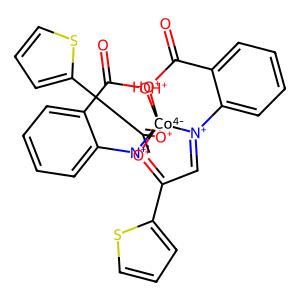
SMILES: O=C1[OH+][Co-4]234([O+]=C(c5cccs5)C=[N+]2c2ccccc21)[O+]=C(c1cccs1)C=[N+]3c1ccccc1C(=O)[OH+]4
Inhibits HIV replication: No